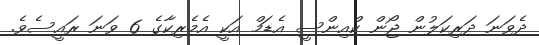
ދެވަނަ ދަރިކަލުން ޖޯން ކްއިންސީ އެޑަމް އަކީ އެމެރިކާގެ 6 ވަނަ ރައީސެވެ.